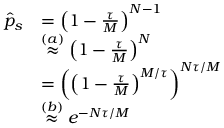
\begin{array} { r l } { \hat { p } _ { s } } & { = \left( 1 - \frac { \tau } { M } \right) ^ { N - 1 } } \\ & { \stackrel { { ( a ) } } \approx \left( 1 - \frac { \tau } { M } \right) ^ { N } } \\ & { = \left( \left( 1 - \frac { \tau } { M } \right) ^ { { M } / { \tau } } \right) ^ { { N \tau } / { M } } } \\ & { \stackrel { { ( b ) } } \approx e ^ { - { N \tau } / { M } } } \end{array}